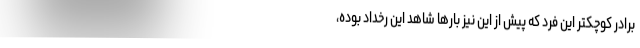
برادر کوچکتر این فرد که پیش از این نیز بارها شاهد این رخداد بوده،